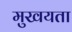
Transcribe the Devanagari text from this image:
मुखयता